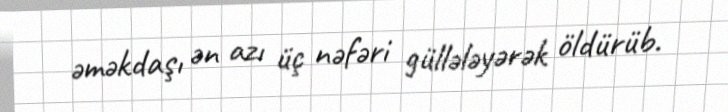
əməkdaşı ən azı üç nəfəri güllələyərək öldürüb.